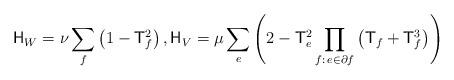
LaTeX: \begin{align*} \mathsf H_W = \nu \sum_{f} \left( 1 - \mathsf T_f^2 \right), \mathsf H_V = \mu \sum_e \left( 2 - \mathsf T_e^2 \prod_{f:\,e \in \partial f} \left( \mathsf T_f + \mathsf T_f^3 \right) \right)\end{align*}